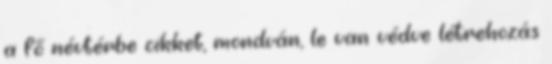
a fő névtérbe cikket, mondván, le van védve létrehozás